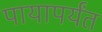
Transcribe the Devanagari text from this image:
पायापर्यंत